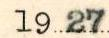
1927